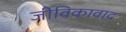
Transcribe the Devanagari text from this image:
जीविकावाद